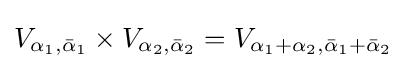
V_{\alpha _{1},{\bar {\alpha }}_{1}}\times V_{\alpha _{2},{\bar {\alpha }}_{2}}=V_{\alpha _{1}+\alpha _{2},{\bar {\alpha }}_{1}+{\bar {\alpha }}_{2}}